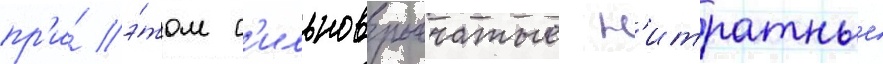
пр'и́ э́том с'ильновзрывчатые н'итратные